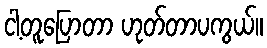
ငါ့တူပြောတာ ဟုတ်တာပကွယ်။